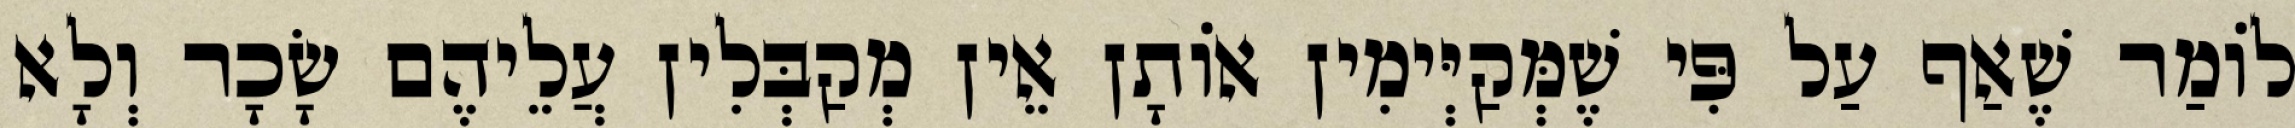
לוֹמַר שֶׁאַף עַל פִּי שֶׁמְּקַיְּימִין אוֹתָן אֵין מְקַבְּלִין עֲלֵיהֶם שָׂכָר וְלָא